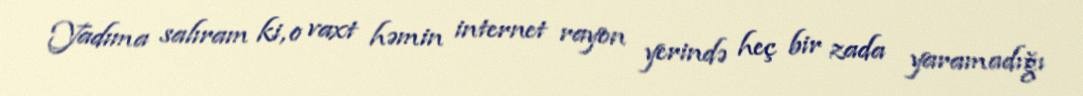
Yadıma salıram ki, o vaxt həmin internet rayon yerində heç bir zada yaramadığı